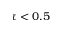
\tau < 0 . 5